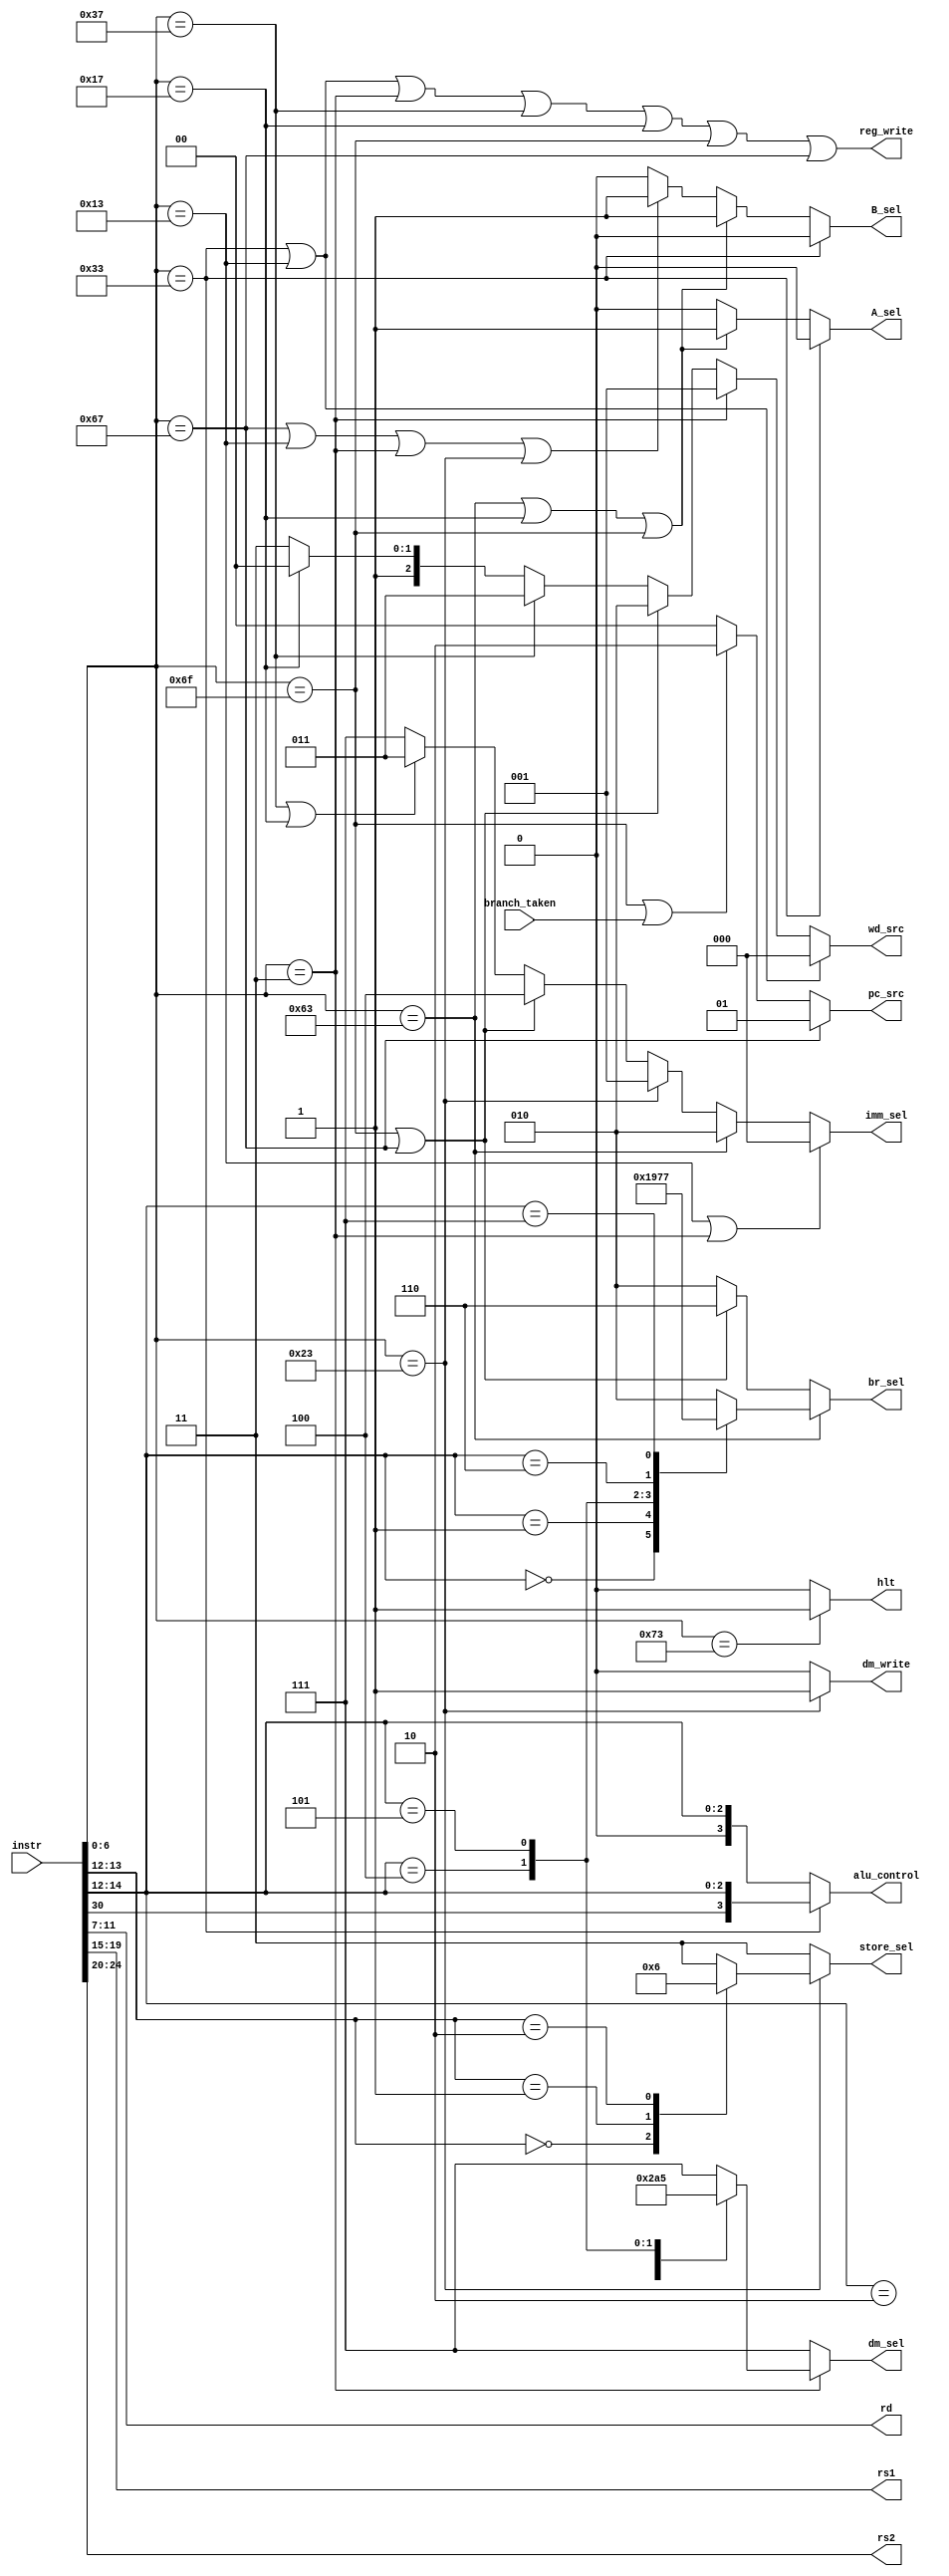
module control_unit(
    input [31:0] instr,         // Input instruction
    input branch_taken,         // Signal indicating a branch is taken
    output [3:0] alu_control,// ALU control signals
    output reg [1:0] store_sel, // Store select signals
    output reg [2:0] dm_sel,    // Data memory select signals
    output reg [2:0] imm_sel,   // Immediate select signals
    output reg [2:0] br_sel,   // for branch select signals
    output reg_write,       // Register write control
    output reg dm_write,        // Data memory write control
    output reg [2:0] wd_src,    // Write data source select
    output reg A_sel,           // A source select
    output reg B_sel,           // B source select
    output reg [1:0] pc_src,    // PC source select
    output [4:0] rd,            // Destination register address
    output [4:0] rs1,           // Source register 1 address
    output [4:0] rs2,
    output reg hlt            // Source register 2 address
);

    wire [6:0] funct7;
    wire [6:0] opcode;
    wire [2:0] funct3;
  
    
    // Extract opcode, funct7, rs2, rs1, funct3, and rd from the instruction
    assign opcode = instr[6:0];
    assign funct7 = instr[31:25];
    assign rs2 = instr[24:20];
    assign rs1 = instr[19:15];
    assign funct3 = instr[14:12];
    assign rd = instr[11:7];
    
    wire isALUreg, isALUimm, isBranch, isJALR, isJAL, isAUIPC, isLUI, isLoad, isStore, isSYSTEM;
    
    // Instruction decode based on opcode
    assign isALUreg = (opcode == 7'b0110011); // rd <- rs1 OP rs2
    assign isALUimm = (opcode == 7'b0010011); // rd <- rs1 OP Iimm
    assign isBranch = (opcode == 7'b1100011); // if (rs1 OP rs2) PC <- PC + Bimm
    assign isJALR   = (opcode == 7'b1100111);   // rd <- PC + 4; PC <- rs1 + Iimm
    assign isJAL    = (opcode == 7'b1101111);    // rd <- PC + 4; PC <- PC + Jimm
    assign isAUIPC  = (opcode == 7'b0010111);  // rd <- PC + Uimm
    assign isLUI    = (opcode == 7'b0110111);    // rd <- Uimm
    assign isLoad   = (opcode == 7'b0000011);   // rd <- mem[rs1 + Iimm]
    assign isStore  = (opcode == 7'b0100011);  // mem[rs1 + Simm] <- rs2
    assign isSYSTEM = (opcode == 7'b1110011); // special
    
    // Determine if a register write is needed
    assign reg_write = isALUreg || isALUimm || isLoad || isLUI || isAUIPC || isJAL || isJALR;
    
    // Select ALU operation based on ALU control signals
    assign alu_control =(isALUreg)? {funct7[5], funct3}:{1'b0, funct3};
    
    

    // Branch select signals based on funct3

    always @(*) begin
       
        if (isBranch) begin
            case (funct3)
                3'b000: br_sel = 3'b000; // beq
                3'b001: br_sel = 3'b001; // bne
                3'b100: br_sel = 3'b100; // blt
                3'b101: br_sel = 3'b101; // bge
                3'b110: br_sel = 3'b110; // bltu
                3'b111: br_sel = 3'b111; // bgeu
                default:br_sel = 3'b010; 
            endcase
        end else if (isJAL || isJALR) begin
            br_sel = 3'b110; // Jump instructions
        end else begin
            br_sel = 3'b010; // Default to not taken
        end
    end

    // Data memory select signals based on funct3 for load instructions
    always @(*) begin
        if (isLoad) begin
            case (funct3)
                3'b000: dm_sel = 3'b000; // lb
                3'b001: dm_sel = 3'b001; // lh
                3'b010: dm_sel = 3'b010; // lw
                3'b100: dm_sel = 3'b100; // lbu
                3'b101: dm_sel = 3'b101; // lhu
                default: dm_sel = 3'b111; // Default to no data memory access
            endcase
        end else begin
            dm_sel = 3'b111; // Default to no data memory access
        end
    end

    // Store select signals based on funct3 for store instructions
    always @(*) begin
        if (isStore) begin
            case (funct3[1:0])
                2'b00: store_sel = 2'b00; // sb
                2'b01: store_sel = 2'b01; // sh
                2'b10: store_sel = 2'b10; // sw
                default: store_sel = 2'b11; // Default to no data memory access
            endcase
        end else begin
            store_sel = 2'b11; // Default to no data memory access
        end
    end

    // Immediate select signals based on instruction type
    always @(*) begin
        if (isALUimm || isLoad) begin
            imm_sel = 3'b000; // I-type and load instructions
        end else if (isBranch) begin
            imm_sel = 3'b010; // B-type instructions
        end else if (isStore) begin
            imm_sel = 3'b001; // S-type instructions
        end else if (isJAL || isJALR) begin
            imm_sel = 3'b100; // J-type instructions
        end else if (isLUI || isAUIPC) begin
            imm_sel = 3'b011; // U-type instructions
        end else begin
            imm_sel = 3'b111; // Default to no immediate value
        end
    end

    // Data memory write control signal for store instructions
    always @(*) begin
        if (isStore) begin
            dm_write = 1'b1;
        end else begin
            dm_write = 1'b0;
        end
    end

    // A and B source select signals
    always @(*) begin
        if (isALUreg) begin
            A_sel = 1'b0; // A source is rs1
            B_sel = 1'b0; // B source is rs2
        end else if (isBranch || isAUIPC || isJAL) begin
            A_sel = 1'b1; // A source is PC
            B_sel = 1'b1; // B source is immediate
        end else if (isJALR || isALUimm || isLoad || isStore) begin
            A_sel = 1'b0; // A source is rs1
            B_sel = 1'b1; // B source is immediate
        end else begin
            A_sel = 1'b0; // Default to rs1 for A source
            B_sel = 1'b0; // Default to rs2 for B source
        end
    end

    // Write data source select signal
    
    always @(*) begin
        if (isALUreg || isALUimm) begin
            wd_src = 3'b000; // ALU result
        end else if (isLoad) begin
            wd_src = 3'b001; // Load data
        end else if (isJAL || isJALR) begin
            wd_src = 3'b010; // PC + 4
        end else if (isLUI) begin
            wd_src = 3'b011; // immediate
        end else if (isAUIPC) begin
            wd_src = 3'b100; // PC + U-type immediate
        end else begin
            wd_src = 3'b111; // Default to no write data source
        end
    end


    always @ (*)
    begin
    if (isJALR)
      pc_src=2'b01;  //load alu_out to to pc
    else if (isJAL || branch_taken)
      pc_src=2'b10;  //load pc+imm to pc
    else 
      pc_src=2'b00;   //pc=pc+4
    end

    always @(*) begin
        if(isSYSTEM)
        hlt = 1'b1;
        else 
            hlt = 1'b0;

    end
endmodule